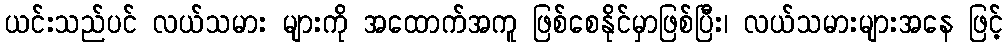
ယင်းသည်ပင် လယ်သမား များကို အထောက်အကူ ဖြစ်စေနိုင်မှာဖြစ်ပြီး၊ လယ်သမားများအနေ ဖြင့်